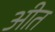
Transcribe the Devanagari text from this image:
अीत